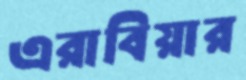
এরাবিয়ার